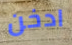
ادخن